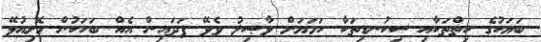
ބަޔަކުގެ ހިތްތަކާއި ސިކުނޑިތަކާ ހަމަޔަށް ވާޞިލު ވެވޭ ފަދައިން އެއް ބަހަކުން މޮށިއުޅޭ